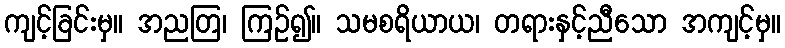
ကျင့်ခြင်းမှ။ အညတြ၊ ကြဉ်၍။ သမစရိယာယ၊ တရားနှင့်ညီသော အကျင့်မှ။